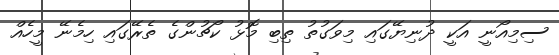
ސިމިއޯނީ އަކީ ދުނިޔޭގައި މިވަގުތު ތިބި މޮޅު ކޯޗުންގެ ތެރޭގައި ހިމެނޭ މީހެއް